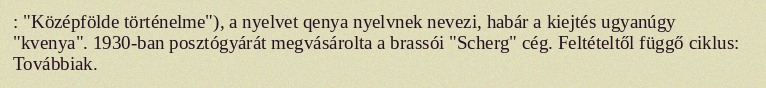
: "Középfölde történelme"), a nyelvet qenya nyelvnek nevezi, habár a kiejtés ugyanúgy "kvenya". 1930-ban posztógyárát megvásárolta a brassói "Scherg" cég. Feltételtől függő ciklus: Továbbiak.